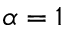
\alpha = 1